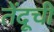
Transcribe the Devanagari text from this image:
तेंदूची